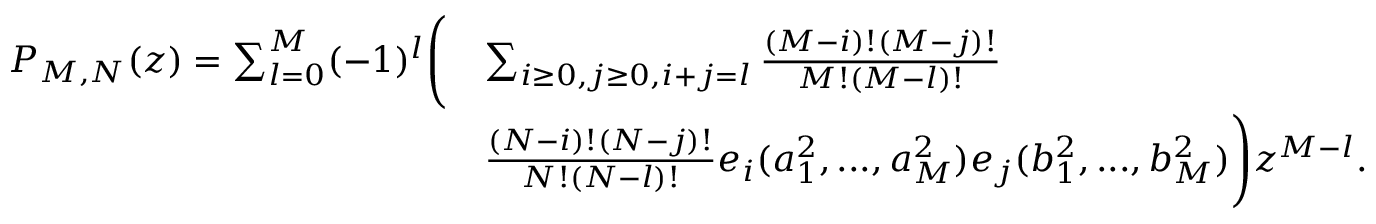
\begin{array} { r l } { P _ { M , N } ( z ) = \sum _ { l = 0 } ^ { M } ( - 1 ) ^ { l } \Bigg ( } & { \sum _ { i \ge 0 , j \ge 0 , i + j = l } \frac { ( M - i ) ! ( M - j ) ! } { M ! ( M - l ) ! } } \\ & { \frac { ( N - i ) ! ( N - j ) ! } { N ! ( N - l ) ! } e _ { i } ( a _ { 1 } ^ { 2 } , . . . , a _ { M } ^ { 2 } ) e _ { j } ( b _ { 1 } ^ { 2 } , . . . , b _ { M } ^ { 2 } ) \Bigg ) z ^ { M - l } . } \end{array}